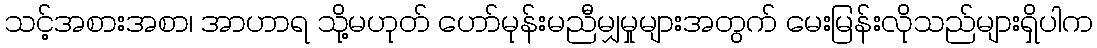
သင့်အစားအစာ၊ အာဟာရ သို့မဟုတ် ဟော်မုန်းမညီမျှမှုများအတွက် မေးမြန်းလိုသည်များရှိပါက